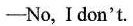
——No,I don't.